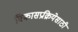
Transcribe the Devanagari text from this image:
विकासप्रक्रियेसाठी